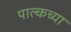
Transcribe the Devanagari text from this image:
पाल्कच्या